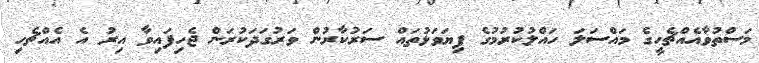
މަސްތުވާއެއްޗެހީގެ މައްސަލަ ހައްލުކުރުމުގެ ފިޔަވަޅުތައް ސަރުކާރުން ވަރުގަދަކުރަން ޖެހިފައިވާ އިރު އެ އެއްޗެހި